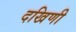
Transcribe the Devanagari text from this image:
दखिणी